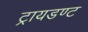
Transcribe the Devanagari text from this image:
ट्रायडण्ट